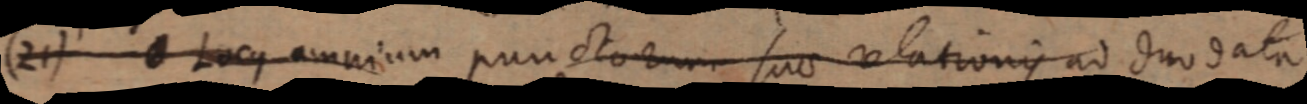
(21) _ Locus omnium punctorum suae relationis ad duo data